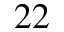
2 2